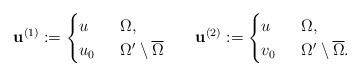
\begin{align*}\mathbf{u}^{(1)}:=\begin{cases} u&\;\;\Omega,\\ u_{0}&\;\;\Omega'\setminus\overline{\Omega}\end{cases}\;\;\;\;\;\;\mathbf{u}^{(2)}:=\begin{cases} u&\;\;\Omega,\\ v_{0}&\;\;\Omega'\setminus\overline{\Omega}.\end{cases}\end{align*}